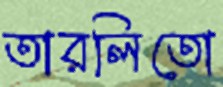
তারলিতো